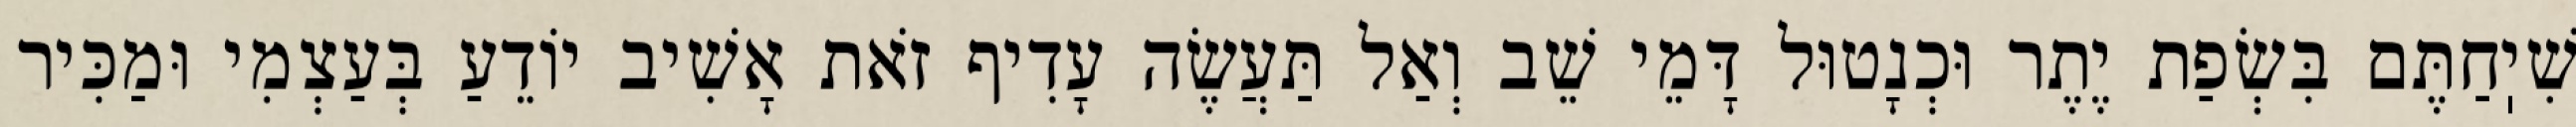
שִׁיֽחַתֶּם בִּשְׂפַת יֶתֶר וּכְנָטוּל דָּמֵי שֵׁב וְאַל תַּעֲשֶׂה עָדִיף זֹאת אָשִׁיב יוֹדֵעַ בְּעַצְמִי וּמַכִּיר